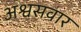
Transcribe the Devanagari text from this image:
अश्वसवार